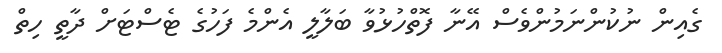
ގެއިން ނުކުންނަމުންވެސް އޭނާ ފޮތްހުޅުވާ ބަލާލީ އެންމެ ފަހުގެ ޓެސްޓަށް ދާތީ ހިތް